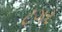
ટગર